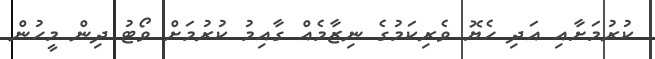
ކުރުމަށާއި އަދި ހެޔޮ ވެރިކަމުގެ ނިޒާމެެއް ގާއިމު ކުރުމަށް ވޯޓު ދިން މީހުން